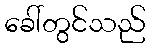
ခေါ်တွင်သည်